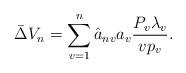
LaTeX: \begin{align*}\bar{\Delta}V_{n}& = \sum_{v=1}^{n}\hat{a}_{nv}a_{v}\frac{P_{v}\lambda_{v}}{vp_{v}}.\end{align*}